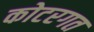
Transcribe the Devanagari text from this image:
कोटरगत